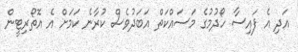
އަދި އެ ފައިސާ ހޯދުމުގެ މަސައްކަތް އަބަދުވެސް ކުރާނެ ކަމަށް އެ އޮތޯރިޓީން